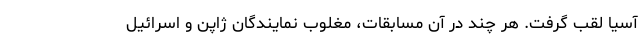
آسیا لقب گرفت. هر چند در آن مسابقات، مغلوب نمایندگان ژاپن و اسرائیل